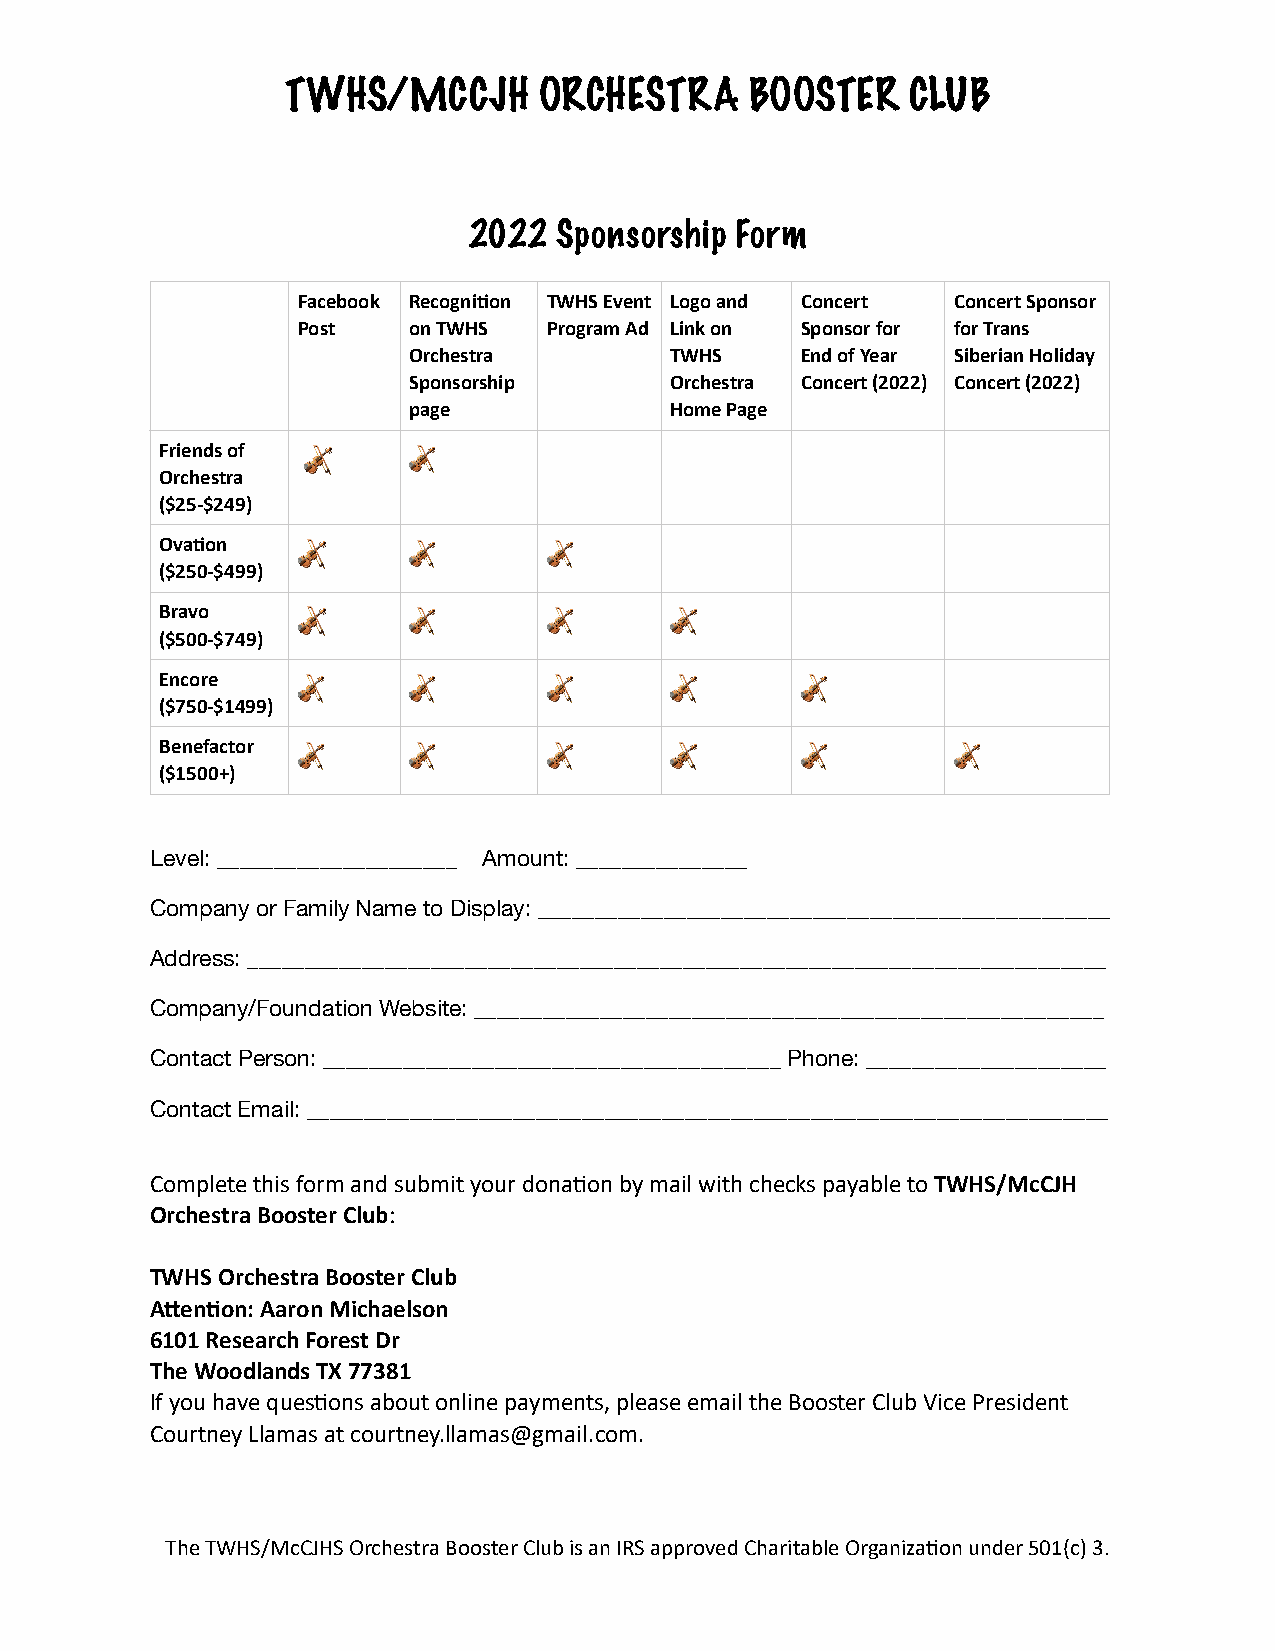
TWHS/MCCJH       ORCHESTRA     BOOSTER   CLUB
 2022  Sponsorship Form
 Facebook Recogni:on TWHS Event Logo and Concert Concert Sponsor
 Post   on TWHS  Program Ad Link on Sponsor for for Trans
 Orchestra        TWHS     End of Year Siberian Holiday
 Sponsorship      Orchestra Concert (2022) Concert (2022)
 page             Home Page
 Friends of
 🎻      🎻
 Orchestra
 ($25-$249)
 Ova:on
 🎻      🎻        🎻
 ($250-$499)
 Bravo
 🎻      🎻        🎻       🎻
 ($500-$749)
 Encore
 🎻      🎻        🎻       🎻        🎻
 ($750-$1499)
 Benefactor
 🎻      🎻        🎻       🎻        🎻         🎻
 ($1500+)
 Level: _____________________ Amount: _______________
 Company or Family Name to Display: __________________________________________________
 Address: ___________________________________________________________________________
 Company/Foundation Website: _______________________________________________________
 Contact Person: ________________________________________ Phone: _____________________
 Contact Email: ______________________________________________________________________
 Complete this form and submit your donaKon by mail with checks payable to TWHS/McCJH
 Orchestra Booster Club:
 TWHS Orchestra Booster Club
 A8en:on: Aaron Michaelson
 6101 Research Forest Dr
 The Woodlands TX 77381
 If you have quesKons about online payments, please email the Booster Club Vice President
 Courtney Llamas at courtney.llamas@gmail.com.
 The TWHS/McCJHS Orchestra Booster Club is an IRS approved Charitable OrganizaKon under 501(c) 3.